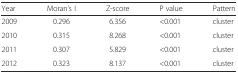
<table><thead><tr><td><b>Year</b></td><td><b>Moran’s I</b></td><td><b>Z-score</b></td><td><b>P value</b></td><td><b>Pattern</b></td></tr></thead><tbody><tr><td>2009</td><td>0.296</td><td>6.356</td><td>&lt;0.001</td><td>cluster</td></tr><tr><td>2010</td><td>0.315</td><td>8.268</td><td>&lt;0.001</td><td>cluster</td></tr><tr><td>2011</td><td>0.307</td><td>5.829</td><td>&lt;0.001</td><td>cluster</td></tr><tr><td>2012</td><td>0.323</td><td>8.137</td><td>&lt;0.001</td><td>cluster</td></tr></tbody></table>